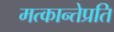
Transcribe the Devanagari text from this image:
मत्कान्तेप्रति